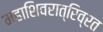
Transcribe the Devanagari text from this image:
महाशिवरात्रिव्रत